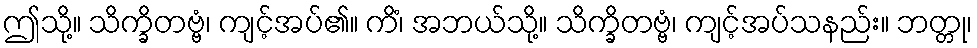
ဤသို့။ သိက္ခိတဗ္ဗံ၊ ကျင့်အပ်၏။ ကိံ၊ အဘယ်သို့။ သိက္ခိတဗ္ဗံ၊ ကျင့်အပ်သနည်း။ ဘတ္တု၊